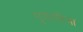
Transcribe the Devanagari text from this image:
गुणगरिमा